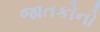
જાતકોનો